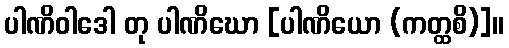
ပါဏိဝါဒေါ တု ပါဏိဃော [ပါဏိယော (ကတ္ထစိ)]။